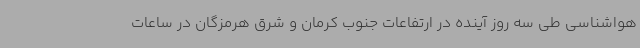
هواشناسی طی سه روز آینده در ارتفاعات جنوب کرمان و شرق هرمزگان در ساعات